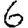
Digit: 6